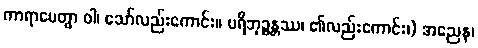
ကာရာပေတွာ ဝါ၊ သော်လည်းကောင်း။ ပရိဘုဉ္ဇန္တဿ၊ ၏လည်းကောင်း၊) အညေန၊